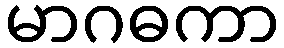
မာဂဓကာ